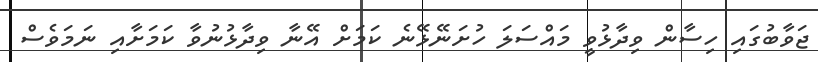
ޖަވާބުގައި ހިސާން ވިދާޅުވީ މައްސަލަ ހުށަނޭޅޭނެ ކަމަށް އޭނާ ވިދާޅުނުވާ ކަމަށާއި ނަމަވެސް